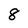
Character: 8